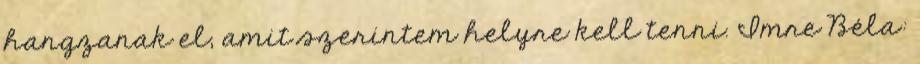
hangzanak el, amit szerintem helyre kell tenni. Imre Béla: